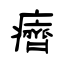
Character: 癠